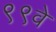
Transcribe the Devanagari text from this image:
९९वे